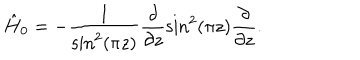
LaTeX: \hat { H } _ { 0 } = - \frac { 1 } { \mathrm { s i n } ^ { 2 } ( \pi z ) } \frac { \partial } { \partial z } \mathrm { s i n } ^ { 2 } ( \pi z ) \frac { \partial } { \partial z } .